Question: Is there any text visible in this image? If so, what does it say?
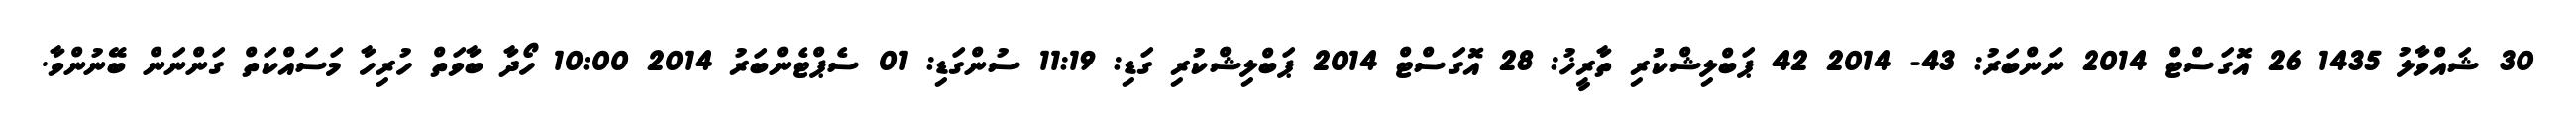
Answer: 30 ޝައްވާލު 1435 26 އޮގަސްޓް 2014 ނަންބަރު: 43- 2014 42 ޕަބްލިޝްކުރި ތާރީޚު: 28 އޮގަސްޓް 2014 ޕަބްލިޝްކުރި ގަޑި: 11:19 ސުންގަޑި: 01 ސެޕްޓެންބަރު 2014 10:00 ހޯދާ ބާވަތް ހުރިހާ މަސައްކަތް ގަންނަން ބޭނުންވާ.